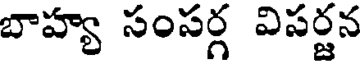
బాహ్య సంపర్గ విపర్జన